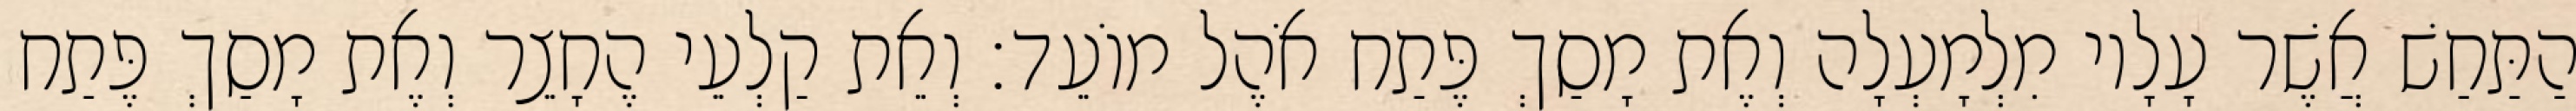
הַתַּחַשׁ אֲשֶׁר עָלָיו מִלְמָעְלָה וְאֶת מָסַךְ פֶּתַח אֹהֶל מוֹעֵד׃ וְאֵת קַלְעֵי הֶחָצֵר וְאֶת מָסַךְ פֶּתַח